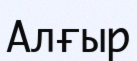
Алғыр